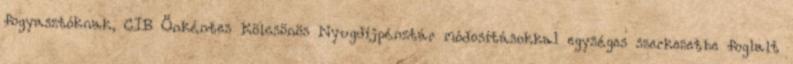
fogyasztóknak, CIB Önkéntes Kölcsönös Nyugdíjpénztár módosításokkal egységes szerkezetbe foglalt